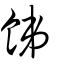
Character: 䬾